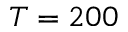
T = 2 0 0